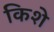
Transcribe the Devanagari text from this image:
किशे